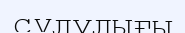
сұлулығы